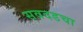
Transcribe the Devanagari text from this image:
सवदडचा